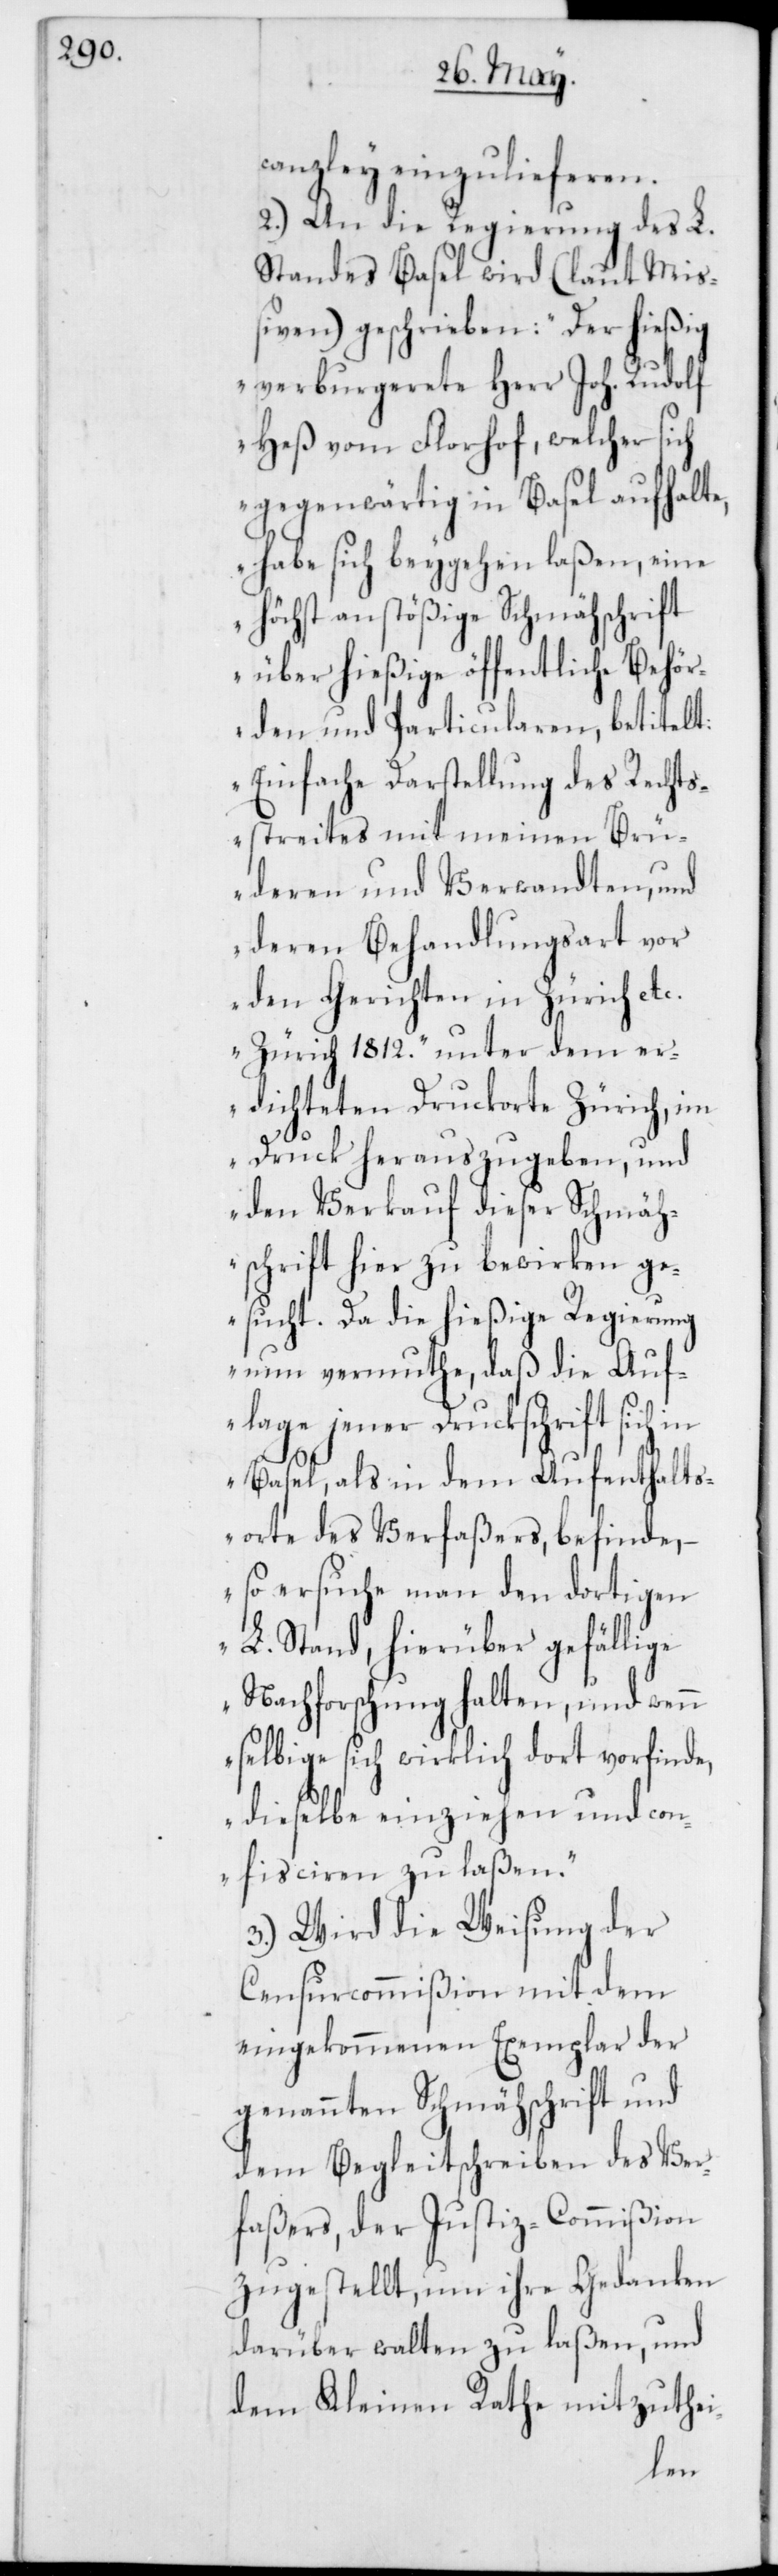
canzley einzulieferen.
2.) An die Regierung des L.
Standes Basel wird (laut Mi¬
ßiven) geschrieben: „Der hießig
verburgerete Herr Joh. Rudolf
Heß vom Florhof, welcher sich
gegenwärtig in Basel aufhalte,
habe sich beygehen laßen, eine
höchst anstößige Schmähschrift
über hießige öffentliche Behör¬
den und Particularen, betitelt:
„Einfache Darstellung des Rechts¬
streites mit meinen Brü¬
deren und Verwandten, und
deren Behandlungsart vor
den Gerichten in Zürich et¬
c. Zürich 1812.“ unter dem er¬
dichteten Druckorte Zürich, im
Druck herauszugeben, und
den Verkauf dieser Schmäh¬
schrift hier zu bewirken ge¬
sucht. Da die hießige Regierung
nun vermuthe, daß die Auf¬
lage jener Druckschrift sich in
Basel, als in dem Aufenthalts¬
orte des Verfaßers, befinde,
so ersuche man den dortigen
L. Stand, hierüber gefällige
Nachforschung halten, und wenn
selbige sich wirklich dort vorfinde,
dieselbe einziehen und confi¬
3.) Wird die Weisung der
Censurcommißion mit dem
eingekommenen Exemplar der
genannten Schmähschrift und
dem Begleitschreiben des Ver¬
faßers, der Justiz-Commißion
zugestellt, um ihre Gedanken
darüber walten zu laßen, und
dem Kleinen Rathe mitzuthei-
sciren